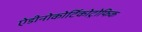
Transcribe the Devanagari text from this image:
ऐडीनोकोर्टिकोट्रोफिक